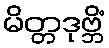
မိတ္တဒုဗ္ဘိံ